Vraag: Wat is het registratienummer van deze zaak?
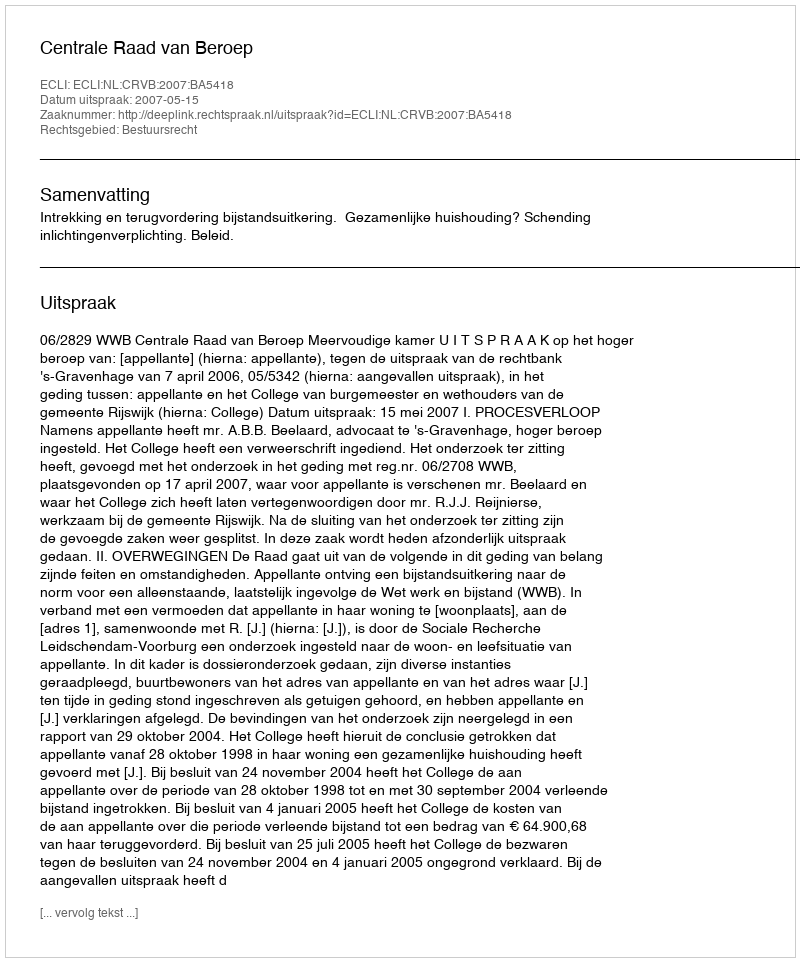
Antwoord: http://deeplink.rechtspraak.nl/uitspraak?id=ECLI:NL:CRVB:2007:BA5418